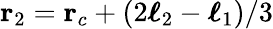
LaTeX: \mathbf{r}_{2}=\mathbf{r}_{c}+(2\boldsymbol{\ell}_{2}-\boldsymbol{\ell}_{1})/3